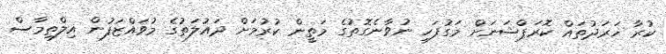
ކުރާ ޚަރަދުތައް ކޮރަޕްޝަނަށް މަގުފަހި ނުވާނެގޮތުގެ މަތީން ކުރުމަށް ދައުލަތުގެ މުވައްޒަފުން އިލްތިމާސް